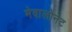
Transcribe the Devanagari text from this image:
मेवालोनेट